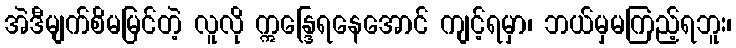
အဲဒီမျက်စိမမြင်တဲ့ လူလို ဣန္ဒြေရနေအောင် ကျင့်ရမှာ၊ ဘယ်မှမကြည့်ရဘူး၊